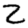
Digit: 2